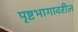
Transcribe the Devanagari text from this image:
पृष्टभागावरील